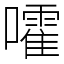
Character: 嚯